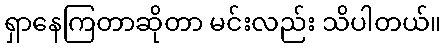
ရှာနေကြတာဆိုတာ မင်းလည်း သိပါတယ်။